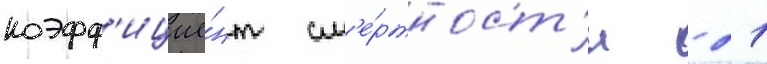
коэфф'ицие́нт см'е́ртност'и - 21